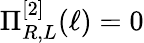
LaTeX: \Pi_{R,L}^{[2]}(\ell)=0